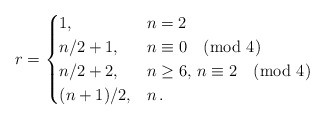
\begin{align*}r= \begin{cases} 1, & n=2\\n/2+1, & n\equiv0\pmod4\\n/2+2, & n\geq 6,\, n\equiv2\pmod4\\(n+1)/2, & n \, .\end{cases} \end{align*}